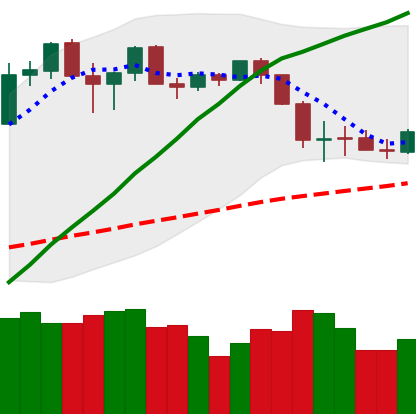
Ticker: ETH-USD
Chart end date: 2020-03-02
Forward return: 3.159%
Label: up_3_5